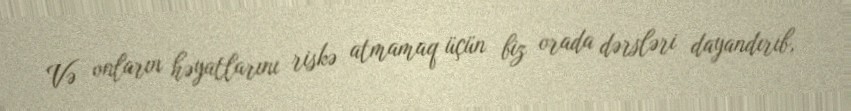
Və onların həyatlarını riskə atmamaq üçün biz orada dərsləri dayandırıb,